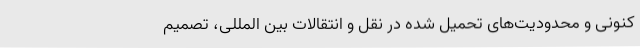
کنونی و محدودیت‌های تحمیل شده در نقل و انتقالات بین المللی، تصمیم